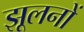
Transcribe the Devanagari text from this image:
झूलनों